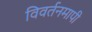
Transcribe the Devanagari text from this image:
विवर्तनमापी